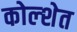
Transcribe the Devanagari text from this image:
कोल्शेत